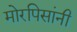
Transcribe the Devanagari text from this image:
मोरपिसांनी